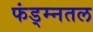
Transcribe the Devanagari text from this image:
फंड्म्नतल